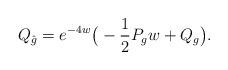
LaTeX: \begin{align*} Q_{\hat{g}} = e^{-4w} \big( - \frac{1}{2} P_g w + Q_g \big).\end{align*}